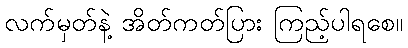
လက်မှတ်နဲ့ အိတ်ကတ်ပြား ကြည့်ပါရစေ။